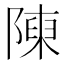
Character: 𨻰